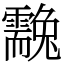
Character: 䨲